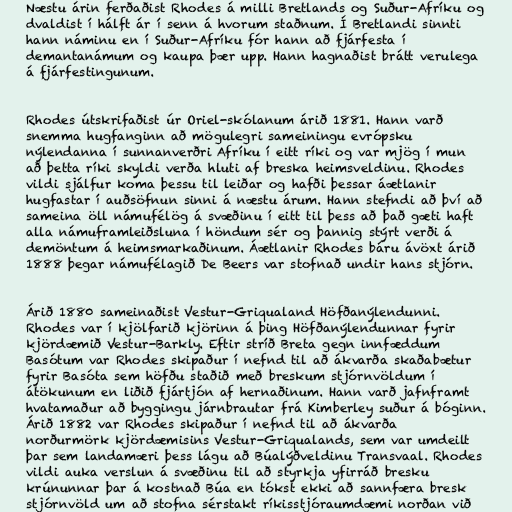
Næstu árin ferðaðist Rhodes á milli Bretlands og Suður-Afríku og
dvaldist í hálft ár í senn á hvorum staðnum. Í Bretlandi sinnti
hann náminu en í Suður-Afríku fór hann að fjárfesta í
demantanámum og kaupa þær upp. Hann hagnaðist brátt verulega
á fjárfestingunum.

Rhodes útskrifaðist úr Oriel-skólanum árið 1881. Hann varð
snemma hugfanginn að mögulegri sameiningu evrópsku
nýlendanna í sunnanverðri Afríku í eitt ríki og var mjög í mun
að þetta ríki skyldi verða hluti af breska heimsveldinu. Rhodes
vildi sjálfur koma þessu til leiðar og hafði þessar áætlanir
hugfastar í auðsöfnun sinni á næstu árum. Hann stefndi að því að
sameina öll námufélög á svæðinu í eitt til þess að það gæti haft
alla námuframleiðsluna í höndum sér og þannig stýrt verði á
demöntum á heimsmarkaðinum. Áætlanir Rhodes báru ávöxt árið
1888 þegar námufélagið De Beers var stofnað undir hans stjórn.

Árið 1880 sameinaðist Vestur-Griqualand Höfðanýlendunni.
Rhodes var í kjölfarið kjörinn á þing Höfðanýlendunnar fyrir
kjördæmið Vestur-Barkly. Eftir stríð Breta gegn innfæddum
Basótum var Rhodes skipaður í nefnd til að ákvarða skaðabætur
fyrir Basóta sem höfðu staðið með breskum stjórnvöldum í
átökunum en liðið fjártjón af hernaðinum. Hann varð jafnframt
hvatamaður að byggingu járnbrautar frá Kimberley suður á bóginn.
Árið 1882 var Rhodes skipaður í nefnd til að ákvarða
norðurmörk kjördæmisins Vestur-Griqualands, sem var umdeilt
þar sem landamæri þess lágu að Búalýðveldinu Transvaal. Rhodes
vildi auka verslun á svæðinu til að styrkja yfirráð bresku
krúnunnar þar á kostnað Búa en tókst ekki að sannfæra bresk
stjórnvöld um að stofna sérstakt ríkisstjóraumdæmi norðan við